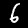
Label: 6